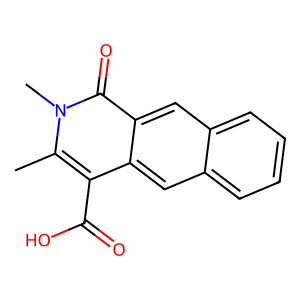
SMILES: Cc1c(C(=O)O)c2cc3ccccc3cc2c(=O)n1C
Inhibits HIV replication: No